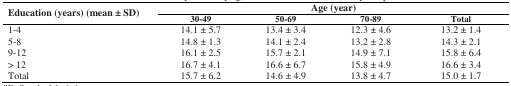
<table><thead><tr><td rowspan="2"><b>Education (years) (mean ± SD)</b></td><td colspan="4"><b>Age (year)</b></td></tr><tr><td><b>30-49</b></td><td><b>50-69</b></td><td><b>70-89</b></td><td><b>Total</b></td></tr></thead><tbody><tr><td>1-4 </td><td>14.1 ± 5.7</td><td>13.4 ± 3.4</td><td>12.3 ± 4.6</td><td>13.2 ± 1.4</td></tr><tr><td>5-8</td><td>14.8 ± 1.3</td><td>14.1 ± 2.4</td><td>13.2 ± 2.8</td><td>14.3 ± 2.1</td></tr><tr><td>9-12</td><td>16.1 ± 2.5</td><td>15.7 ± 2.1</td><td>14.9 ± 7.1</td><td>15.8 ± 6.4</td></tr><tr><td>&gt; 12</td><td>16.7 ± 4.1</td><td>16.6 ± 6.7</td><td>15.8 ± 4.9</td><td>16.6 ± 3.4</td></tr><tr><td>Total</td><td>15.7 ± 6.2</td><td>14.6 ± 4.9</td><td>13.8 ± 4.7</td><td>15.0 ± 1.7</td></tr></tbody></table>